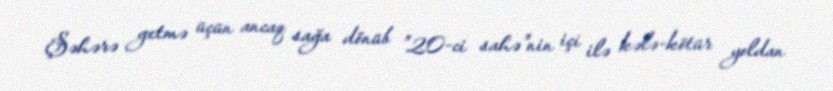
Şəhərə getmə üçün ancaq sağa dönüb ”20-ci sahə"nin içi ilə kələ-kötür yoldan